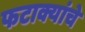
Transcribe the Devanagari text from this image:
फटाक्यांचे